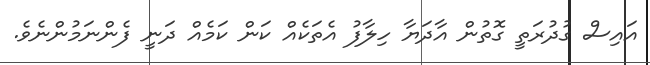
އައިސް ގުދުރަތީ ގޮތުން އާދަޔާ ހިލާފު އެތަކެއް ކަން ކަމެއް ދަނީ ފެންނަމުންނެވެ.